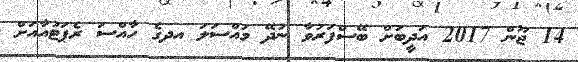
14 ޖޫން 2017 އަދީބަށް ބޭސްފަރުވާ ނުދޭ މައްސަލަ އދގެ ހާއްސަ ރެޕަޓުއާއަށް